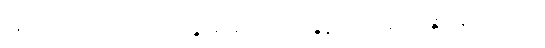
နေရာအရပ်ဖြစ်သော။ ဘောက္ကန္တဂါမမေဝ၊ ဘောက္ကန္တရွာသို့သာလျှင်။ ဂန္တွာ၊ သွား၍။ တတ္ထ၊